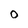
Character: 0